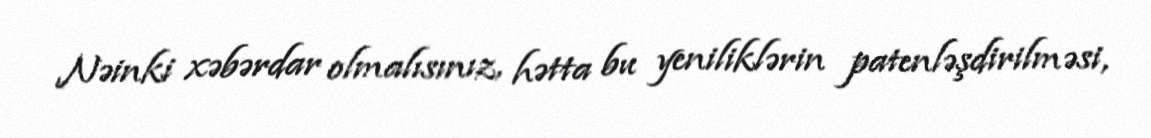
Nəinki xəbərdar olmalısınız, hətta bu yeniliklərin patenləşdirilməsi,